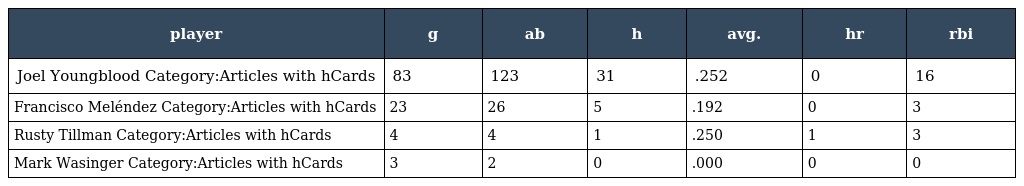
| player | g | ab | h | avg. | hr | rbi |
 | --- | --- | --- | --- | --- | --- | --- |
 | Joel Youngblood Category:Articles with hCards | 83 | 123 | 31 | .252 | 0 | 16 |
 | Francisco Meléndez Category:Articles with hCards | 23 | 26 | 5 | .192 | 0 | 3 |
 | Rusty Tillman Category:Articles with hCards | 4 | 4 | 1 | .250 | 1 | 3 |
 | Mark Wasinger Category:Articles with hCards | 3 | 2 | 0 | .000 | 0 | 0 |